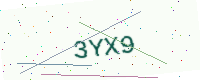
Text: 3YX9